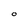
Character: O